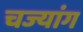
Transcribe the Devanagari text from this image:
चज्यांग